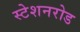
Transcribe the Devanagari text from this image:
स्टेशनरोड